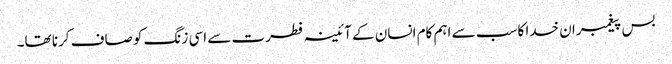
بس پیغمبران خدا کا سب سے اہم کام انسان کے آئینہ فطرت سے اسی زنگ کو صاف کرنا تھا۔